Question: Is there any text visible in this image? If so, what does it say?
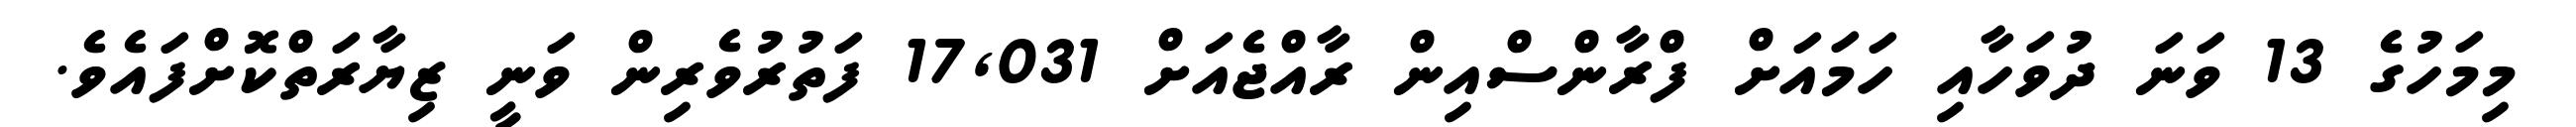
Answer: މިމަހުގެ 13 ވަނަ ދުވަހާއި ހަމައަށް ފްރާންސްއިން ރާއްޖެއަށް 17,031 ފަތުރުވެރިން ވަނީ ޒިޔާރަތްކޮށްފައެވެ.